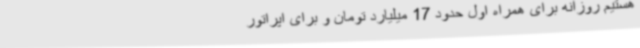
هستیم روزانه برای همراه اول حدود 17‌ میلیارد تومان و برای اپراتور